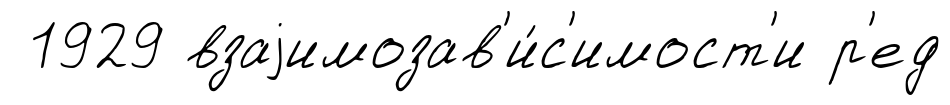
1929 взаjимозав'и́с'имост'и р'ед